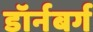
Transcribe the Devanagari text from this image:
डॉर्नबर्ग